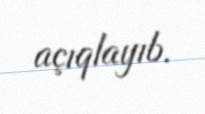
açıqlayıb.